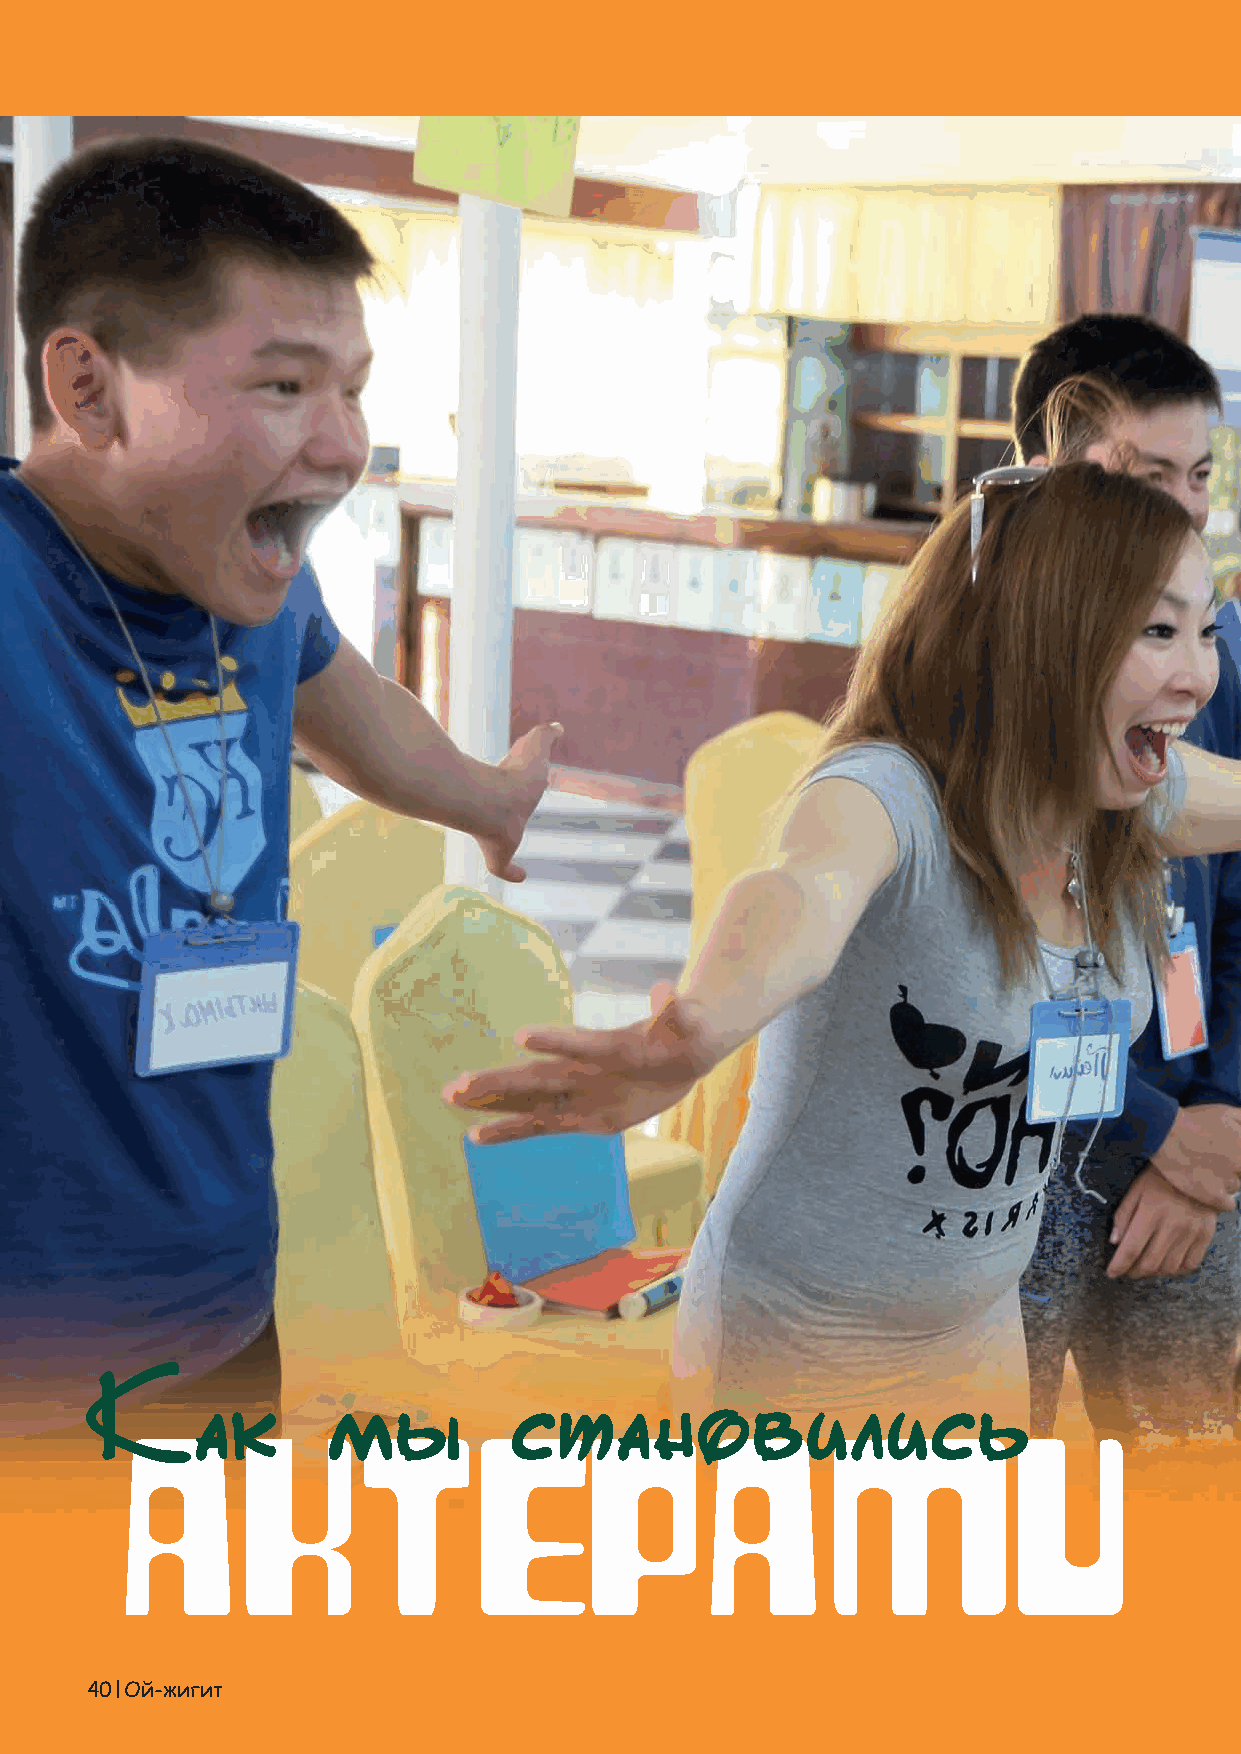
летнем лагере на Иссык-Куле,
 ребятам было предложено по-
 Âдумать     о проблемах, с кото-
 рыми сталкиваются в их сообществах
 на основании гендерных стереотипов.
 Ребята предложили 4 проблемы - кра-
 жа невест, ранний брак и суицид, на-
 силие в семье, негативные привычки -
 курение, алкоголь, насвай.
 Каждая группа предложила сценку
 по своей теме, даже не предполагая, что
 это новая техника коммуникации с сооб-
 ществами - форум- театр. Группы в рам-
 ках инсценировок искали пути решения
 проблем и выхода из трудной жизненной
 ситуации. У них получилось находить
 интересные техники предоставления ин-
 формации, влиять на подсознание участ-
 ников других групп, вызывать эмоции
 и заставить сопереживать. В маленьких
 спектаклях от групп, каждый персонаж
 исполнял определенную социальную
 роль. Главный герой – это тот, кто уг-
 нетен сложившейся ситуацией, другие
 персонажи – это его окружение: семья,
 школа, друзья, члены общества. Количе-
 ство персонажей было обусловлено раз-
 работанным группой сценарием .
 Исполнители главных ролей, при
 проигрывании сценки, должны были
 придерживаться особенностей характе-
 ра своих персонажей. Зрителям же про-
 блемную ситуацию из реальной жизни
 приходилось “проживать”, пропуская
 ее через себя, представляя себя на месте
 героев. Аудитория сверстников актеров
 просто не могла остаться равнодушной,
 ей приходилось вовлекаться, глубоко со-
 переживать из-за того, что перед ними
 Как             мы          становились
 была разыграна драма конкретной се-
 мьи. Они, наблюдая за событиями, раз-
 ворачивающимися на сцене, сразу узна-
 вали ситуации из своего сообщества. А
 после игры немедленно предлагали свое
 видение по изменению поведения пер-
 сонажей сценки, которые по их мнению
 могли повернуть события к лучшему.
 40 Ой-жигит                                                                                                                                    Ой-жигит 41